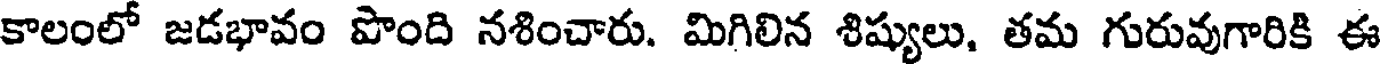
కాలంలో జడభావం పొంది నశించారు. మిగిలిన శిష్యులు, తమ గురువుగారికి ఈ